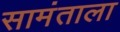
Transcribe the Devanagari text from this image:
सामंताला